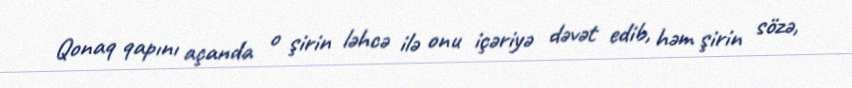
Qonaq qapını açanda o şirin ləhcə ilə onu içəriyə dəvət edib, həm şirin sözə,